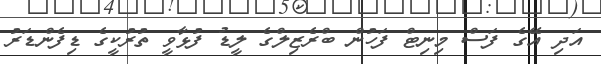
އަދި އޭގެ ފަސް މިނިޓް ފަހުން ބްރެޒިލްގެ ލީޑު ފުޅާވީ ތުރުކީގެ ޑިފެންޑަރު